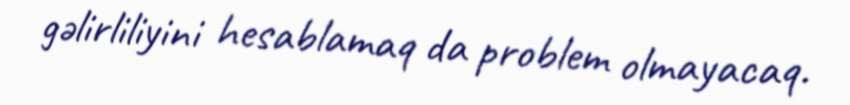
gəlirliliyini hesablamaq da problem olmayacaq.